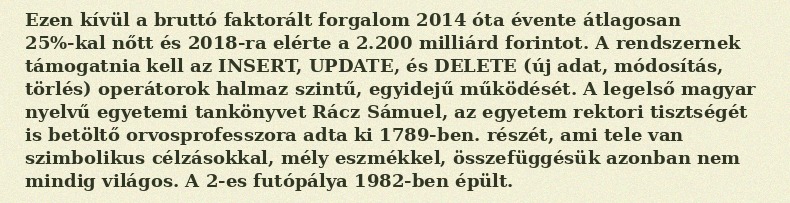
Ezen kívül a bruttó faktorált forgalom 2014 óta évente átlagosan 25%-kal nőtt és 2018-ra elérte a 2.200 milliárd forintot. A rendszernek támogatnia kell az INSERT, UPDATE, és DELETE (új adat, módosítás, törlés) operátorok halmaz szintű, egyidejű működését. A legelső magyar nyelvű egyetemi tankönyvet Rácz Sámuel, az egyetem rektori tisztségét is betöltő orvosprofesszora adta ki 1789-ben. részét, ami tele van szimbolikus célzásokkal, mély eszmékkel, összefüggésük azonban nem mindig világos. A 2-es futópálya 1982-ben épült.